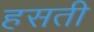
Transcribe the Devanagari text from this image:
हसती